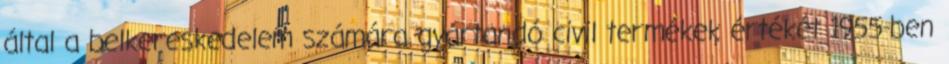
által a belkereskedelem számára gyártandó civil termékek értékét 1955-ben